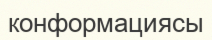
конформациясы